Scottish Certificate of Education, 1962
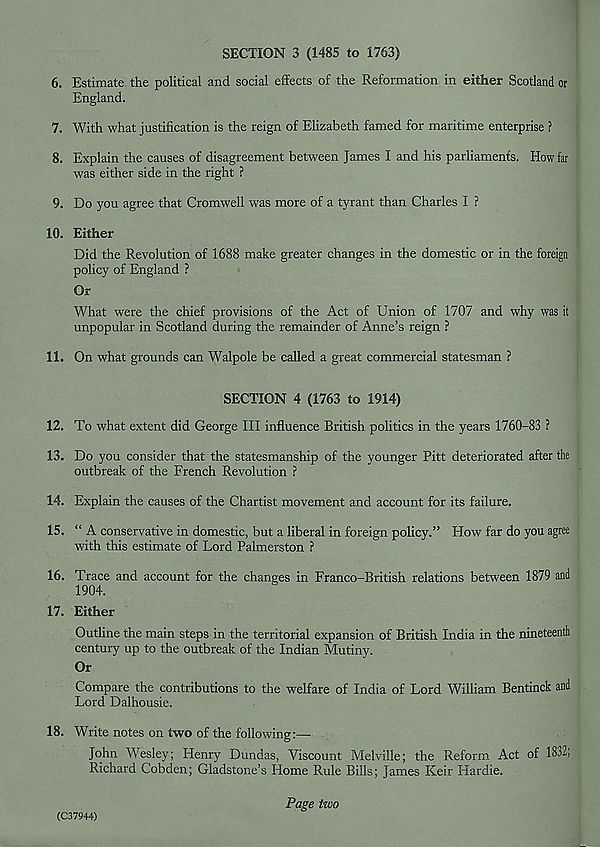
SECTION 3 (1485 to 1763)
6. Estimate the political and social effects of the Reformation in either Scotland or
England.
7. With what justification is the reign of Elizabeth famed for maritime enterprise ?
8. Explain the causes of disagreement between James I and his parliaments. How far
was either side in the right ?
9. Do you agree that Cromwell was more of a tyrant than Charles I ?
10. Either
Did the Revolution of 1688 make greater changes in the domestic or in the foreign
policy of England ?
Or
What were the chief provisions of the Act of Union of 1707 and why was it
unpopular in Scotland during the remainder of Anne’s reign ?
11. On what grounds can Walpole be called a great commercial statesman ?
SECTION 4 (1763 to 1914)
12. To what extent did George III influence British politics in the years 1760-83 ?
13. Do you consider that the statesmanship of the younger Pitt deteriorated after the
outbreak of the French Revolution ?
14. Explain the causes of the Chartist movement and account for its failure.
15. “A conservative in domestic, but a liberal in foreign policy.” How far do you agree
with this estimate of Lord Palmerston ?
16. Trace and account for the changes in Franco-British relations between 1879 and
1904.
17. Either
Outhne the main steps in the territorial expansion of British India in the nineteenth
century up to the outbreak of the Indian Mutiny.
Or
Compare the contributions to the welfare of India of Lord William Bentinck and
Lord Dalhousie.
18. Write notes on two of the following:—
John Wesley; Henry Dundas, Viscount Melville; the Reform Act of 1832,
Richard Cobden; Gladstone’s Home Rule Bills; James Keir Hardie.
Page two
(C37944)